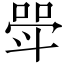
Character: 斝